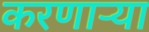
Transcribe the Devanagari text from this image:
करणाऱ्‍या